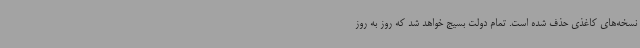
نسخه‌های کاغذی حذف شده است. تمام دولت بسیج خواهد شد که روز به روز